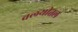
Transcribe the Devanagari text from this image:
वलयीतल